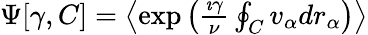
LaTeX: \begin{array}{r}{\Psi[\gamma,C]=\left\langle\exp\left(\frac{\imath\gamma}{\nu}\oint_{C}v_{\alpha}dr_{\alpha}\right)\right\rangle}\end{array}